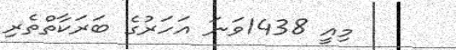
މިއީ 1438ވަނަ އަހަރުގެ ބަރަކާތްތެރި